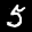
Label: 5